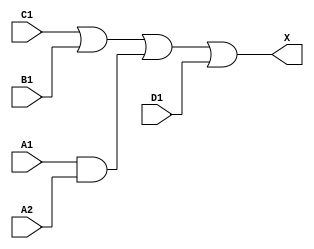
module sky130_fd_sc_ls__a2111o (
    X ,
    A1,
    A2,
    B1,
    C1,
    D1
);

    // Module ports
    output X ;
    input  A1;
    input  A2;
    input  B1;
    input  C1;
    input  D1;

    // Module supplies
    supply1 VPWR;
    supply0 VGND;
    supply1 VPB ;
    supply0 VNB ;

    // Local signals
    wire and0_out ;
    wire or0_out_X;

    //  Name  Output     Other arguments
    and and0 (and0_out , A1, A2              );
    or  or0  (or0_out_X, C1, B1, and0_out, D1);
    buf buf0 (X        , or0_out_X           );

endmodule